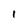
Character: 1